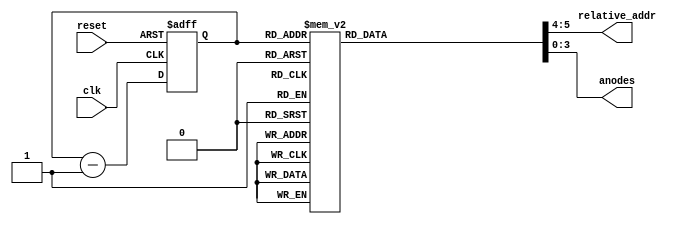
`timescale 1ns / 1ps

module digit_driver_module(input clk, input reset, output reg [1:0] relative_addr, output reg [3:0] anodes);
    reg [3:0] counter;

    //Counter that changes the state of the digit driver.
    always @(posedge clk or posedge reset) begin
        if (reset) begin
            counter <= 4'b1111;
        end
        else begin
            counter <= counter - 4'b1;
        end
    end

    //The outputs of the module for every stage of the counter
    always @(counter) begin
        case (counter)
            4'b1111: begin anodes = 4'b1111; relative_addr = 2'h0; end
            4'b1110: begin anodes = 4'b0111; relative_addr = 2'h0; end
            4'b1101: begin anodes = 4'b1111; relative_addr = 2'h0; end
            4'b1100: begin anodes = 4'b1111; relative_addr = 2'h1; end
            4'b1011: begin anodes = 4'b1111; relative_addr = 2'h1; end
            4'b1010: begin anodes = 4'b1011; relative_addr = 2'h1; end
            4'b0111: begin anodes = 4'b1111; relative_addr = 2'h2; end
            4'b1000: begin anodes = 4'b1111; relative_addr = 2'h2; end
            4'b0110: begin anodes = 4'b1101; relative_addr = 2'h2; end
            4'b1001: begin anodes = 4'b1111; relative_addr = 2'h1; end
            4'b0101: begin anodes = 4'b1111; relative_addr = 2'h2; end
            4'b0100: begin anodes = 4'b1111; relative_addr = 2'h3; end
            4'b0011: begin anodes = 4'b1111; relative_addr = 2'h3; end
            4'b0010: begin anodes = 4'b1110; relative_addr = 2'h3; end
            4'b0001: begin anodes = 4'b1111; relative_addr = 2'h3; end
            4'b0000: begin anodes = 4'b1111; relative_addr = 2'h0; end
            default: {anodes,relative_addr} = 6'b111100;
        endcase
    end
endmodule